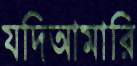
যদিআমারি